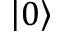
\left\vert 0 \right\rangle